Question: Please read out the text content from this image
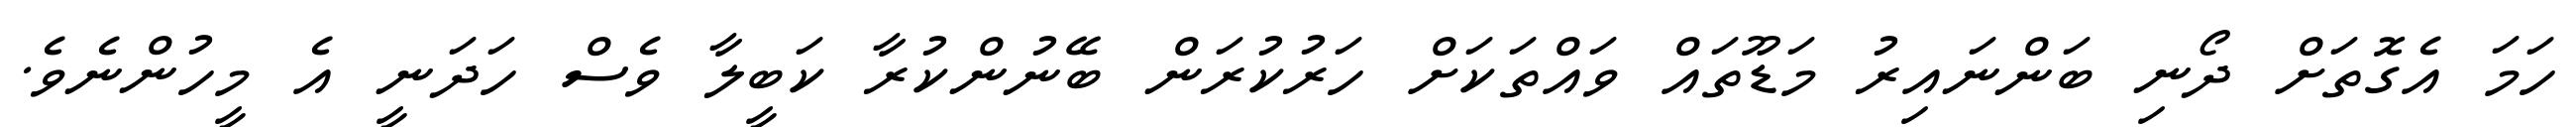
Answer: ހަމަ އެގޮތަށް ދޯނި ބަންނައިރު މަޑޫތައް ވައްތަކަށް ހަރުކުރަން ބޭނުންކުރާ ކަބީލާ ވެސް ހަދަނީ އެ މީހުންނެވެ.